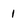
Character: 1